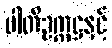
ပါတီဥက္ကဋ္ဌနှင့်